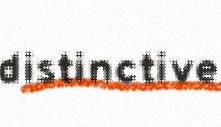
distinctive